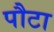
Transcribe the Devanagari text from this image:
पौटा